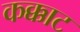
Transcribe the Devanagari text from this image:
कक्काट